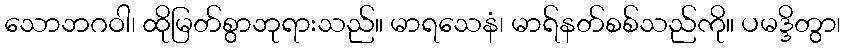
သောဘဂဝါ၊ ထိုမြတ်စွာဘုရားသည်။ မာရသေနံ၊ မာရ်နတ်စစ်သည်ကို။ ပမဒ္ဒိတွာ၊